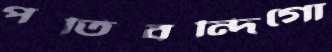
পতিবন্দিগো